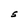
Character: S